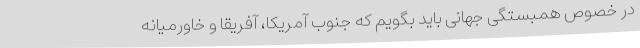
در خصوص همبستگی جهانی باید بگویم که جنوب آمریکا، آفریقا و خاورمیانه